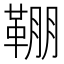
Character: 𩋒